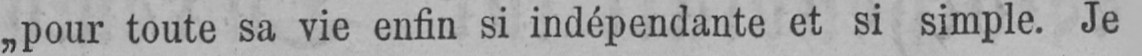
„pour toute sa vie enfin si indépendante et si simple. Je